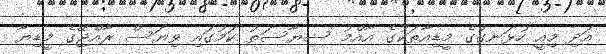
އަދި މިއީ ހުޅަނގުގެ މީޑިއާތަކުގެ އާއްމު ސިޔާސަތު ކަމުގައި ވިޔަސް ރާއްޖޭގެ މީޑިޔާ